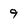
Character: 9